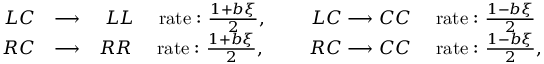
\begin{array} { r l r } { L C } & { \longrightarrow } & { L L \quad \mathrm { \ r a t e : } \ \frac { 1 + b \xi } { 2 } , \qquad \ L C \longrightarrow C C \quad \mathrm { \ r a t e : } \ \frac { 1 - b \xi } { 2 } \ } \\ { R C } & { \longrightarrow } & { R R \quad \mathrm { \ r a t e : } \ \frac { 1 + b \xi } { 2 } , \qquad \ R C \longrightarrow C C \quad \mathrm { \ r a t e : } \ \frac { 1 - b \xi } { 2 } , } \end{array}